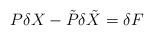
LaTeX: \begin{align*}P\delta X - \tilde{P}\delta{\tilde{X}} = \delta F\end{align*}